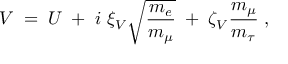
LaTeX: V \; = \; U \; + \; i ~ \xi _ { V } ^ { ~ } \sqrt { \frac { m _ { e } } { m _ { \mu } } } \; + \; \zeta _ { V } ^ { ~ } \frac { m _ { \mu } } { m _ { \tau } } \; ,